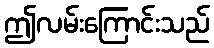
ဤလမ်းကြောင်းသည်